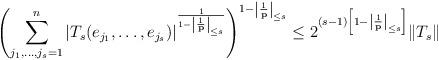
LaTeX: \begin{align*}\left( \sum_{j_1,\ldots,j_s=1}^{n}|T_s(e_{j_1},\ldots, e_{j_s})|^{\frac{1}{1-\left|\frac{1}{\mathbf{p}}\right|_{\leq s}}}\right) ^{1-\left|\frac{1}{\mathbf{p}}\right|_{\leq s}}\leq 2^{(s-1)\left[1-\left|\frac{1}{\mathbf{p}}\right|_{\leq s}\right]}\Vert T_s\Vert\end{align*}